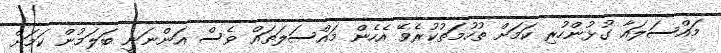
މައްސަލައާ ގުޅުންހުރި ކަމަށް ތުހުމަތުކުރެވޭ އެހެން މައްސަލަތައް ވެސް އަންނަނީ ބަލަމުން ކަމަށް